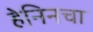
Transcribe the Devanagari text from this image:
हेनिनचा